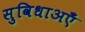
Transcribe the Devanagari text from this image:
सुविधाअएँ